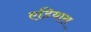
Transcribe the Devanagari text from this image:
एडियास